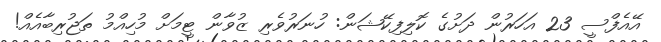
އޭއެފްސީ 23 އަހަރުން ދަށުގެ ކޮލިފިކޭޝަން: ހުނަރުވެރި ޒުވާން ޓީމަށް މުހިއްމު ތަޖުރިބާއެއް!